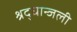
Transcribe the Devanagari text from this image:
श्रद्धान्जली